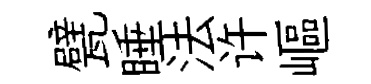
甓睡法许嶇